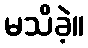
မသိခဲ့။